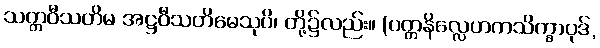
သတ္တဝီသတိမ အဋ္ဌဝီသတိမေသုပိ၊ တို့၌လည်း။ (ပတ္တနိလ္လေဟကသိက္ခာပုဒ်,